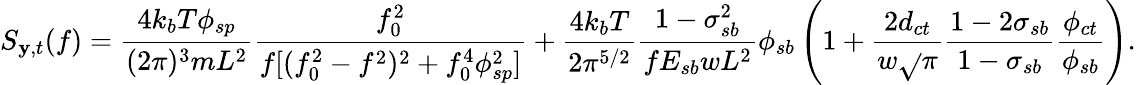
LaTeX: S_{\mathbf{y},t}(f)=\frac{{4k_{b}T\phi_{sp}}}{{(2\pi)^{3}mL^{2}}}\frac{{f_{0}^{2}}}{{f[(f_{0}^{2}-f^{2})^{2}+f_{0}^{4}\phi_{sp}^{2}]}}+\frac{{4k_{b}T}}{{2\pi^{5/2}}}\frac{{1-\sigma_{sb}^{2}}}{{fE_{sb}wL^{2}}}\phi_{sb}\left(1+\frac{{2d_{ct}}}{{w\sqrt{}{{\pi}}}}\frac{{1-2\sigma_{sb}}}{{1-\sigma_{sb}}}\frac{{\phi_{ct}}}{{\phi_{sb}}}\right).